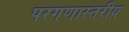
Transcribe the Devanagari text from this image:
परगणास्तरीय